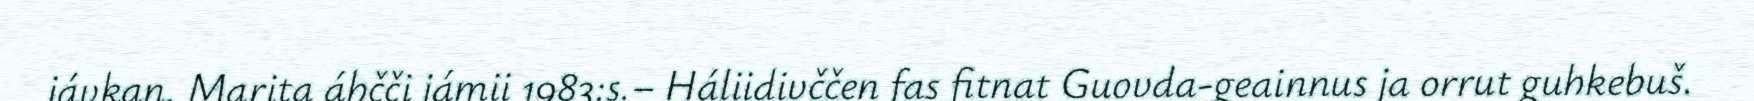
jávkan. Marita áhčči jámii 1983:s.– Háliidivččen fas fitnat Guovda-geainnus ja orrut guhkebuš.